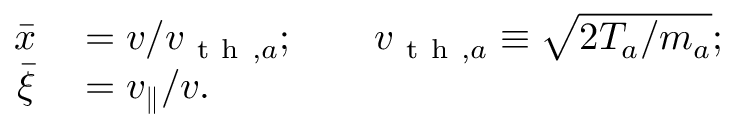
\begin{array} { r l } { \bar { x } } & { { } = v / v _ { \mathrm { ~ t ~ h ~ } , a } ; \qquad v _ { \mathrm { ~ t ~ h ~ } , a } \equiv \sqrt { 2 T _ { a } / m _ { a } } ; } \\ { \bar { \xi } } & { { } = v _ { \parallel } / v . } \end{array}